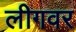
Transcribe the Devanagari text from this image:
लीगवर